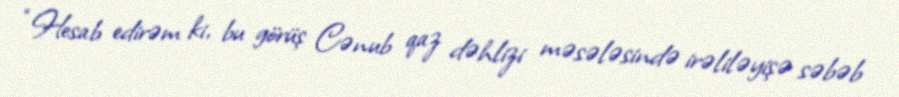
“Hesab edirəm ki, bu görüş Cənub qaz dəhlizi məsələsində irəliləyişə səbəb